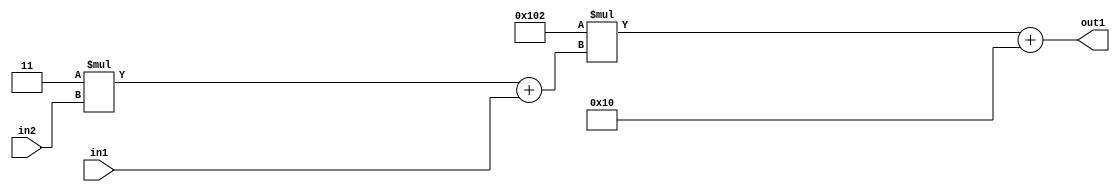
`timescale 1ps / 1ps
/*****************************************************************************
    Verilog RTL Description
    
    
    Created by: Stratus DpOpt 2019.1.01 
*******************************************************************************/

module DC_Filter_Add2i16Mul2i258Add2u1Mul2i3u2_4 (
	in2,
	in1,
	out1
	); /* architecture "behavioural" */ 
input [1:0] in2;
input  in1;
output [11:0] out1;
wire [11:0] asc001;
wire [3:0] asc002;

wire [3:0] asc002_tmp_0;
assign asc002_tmp_0 = 
	+(4'B0011 * in2);
assign asc002 = asc002_tmp_0
	+(in1);

wire [11:0] asc001_tmp_1;
assign asc001_tmp_1 = 
	+(12'B000100000010 * asc002);
assign asc001 = asc001_tmp_1
	+(12'B000000010000);

assign out1 = asc001;
endmodule

/* CADENCE  v7b0Tgk= : u9/ySgnWtBlWxVPRXgAZ4Og= ** DO NOT EDIT THIS LINE ******/